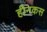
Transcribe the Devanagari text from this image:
हीनकस